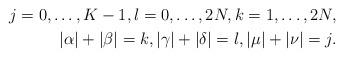
LaTeX: \begin{align*}j=0,\dots, K-1, l=0,\dots, 2N, k=1,\dots, 2N,\\|\alpha|+|\beta|=k, |\gamma|+|\delta|=l,|\mu|+|\nu|=j.\end{align*}